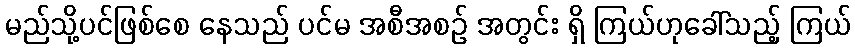
မည်သို့ပင်ဖြစ်စေ နေသည် ပင်မ အစီအစဉ် အတွင်း ရှိ ကြယ်ဟုခေါ်သည့် ကြယ်